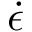
\dot { \epsilon }